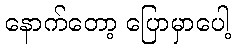
နောက်တော့ ပြောမှာပေါ့